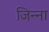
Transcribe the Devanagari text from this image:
जिन्‍ना